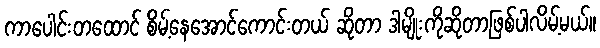
ကာပေါင်းတထောင် စိမ့်နေအောင်ကောင်းတယ် ဆိုတာ ဒါမျိုးကိုဆိုတာဖြစ်ပါလိမ့်မယ်။